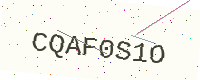
Text: CQAF0S1O